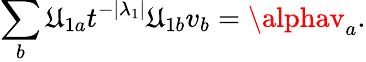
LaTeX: \sum_{b}\mathfrak{U}_{1a}t^{-|\lambda_{1}|}\mathfrak{U}_{1b}v_{b}=\alphav_{a}.